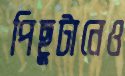
পিছুটানেও